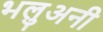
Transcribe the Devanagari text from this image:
भलुअनी